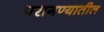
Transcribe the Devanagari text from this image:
परागण्यातील